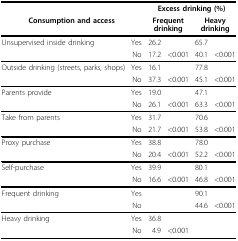
<table><thead><tr><td></td><td></td><td colspan="4"><b>Excess drinking (%)</b></td></tr><tr><td colspan="2"><b>Consumption and access</b></td><td colspan="2"><b>Frequent drinking</b></td><td colspan="2"><b>Heavy drinking</b></td></tr></thead><tbody><tr><td>Unsupervised inside drinking</td><td>Yes</td><td>26.2</td><td></td><td>65.7</td><td></td></tr><tr><td></td><td>No</td><td>17.2</td><td>&lt;0.001</td><td>40.1</td><td>&lt;0.001</td></tr><tr><td>Outside drinking (streets, parks, shops)</td><td>Yes</td><td>16.1</td><td></td><td>77.8</td><td></td></tr><tr><td></td><td>No</td><td>37.3</td><td>&lt;0.001</td><td>45.1</td><td>&lt;0.001</td></tr><tr><td>Parents provide</td><td>Yes</td><td>19.0</td><td></td><td>47.1</td><td></td></tr><tr><td></td><td>No</td><td>26.1</td><td>&lt;0.001</td><td>63.3</td><td>&lt;0.001</td></tr><tr><td>Take from parents</td><td>Yes</td><td>31.7</td><td></td><td>70.6</td><td></td></tr><tr><td></td><td>No</td><td>21.7</td><td>&lt;0.001</td><td>53.8</td><td>&lt;0.001</td></tr><tr><td>Proxy purchase</td><td>Yes</td><td>38.8</td><td></td><td>78.0</td><td></td></tr><tr><td></td><td>No</td><td>20.4</td><td>&lt;0.001</td><td>52.2</td><td>&lt;0.001</td></tr><tr><td>Self-purchase</td><td>Yes</td><td>39.9</td><td></td><td>80.1</td><td></td></tr><tr><td></td><td>No</td><td>16.6</td><td>&lt;0.001</td><td>46.8</td><td>&lt;0.001</td></tr><tr><td>Frequent drinking</td><td>Yes</td><td></td><td></td><td>90.1</td><td></td></tr><tr><td></td><td>No</td><td></td><td></td><td>44.6</td><td>&lt;0.001</td></tr><tr><td>Heavy drinking</td><td>Yes</td><td>36.8</td><td></td><td></td><td></td></tr><tr><td></td><td>No</td><td>4.9</td><td>&lt;0.001</td><td></td><td></td></tr></tbody></table>